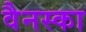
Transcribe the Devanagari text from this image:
वैनस्का